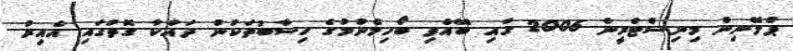
ޕްލޭނިން މިނިސްޓްރީން 2006 ގައި ބޭއްވި ބޯހިމެނުމުގެ ހިސާބުތަކުން ދައްކާ ގޮތުގައި އެއިރު